Source: Computer-generated
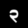
Digit: ၃ (3)